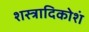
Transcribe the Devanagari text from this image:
शस्त्रादिकोशं